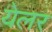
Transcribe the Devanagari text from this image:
येलर